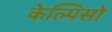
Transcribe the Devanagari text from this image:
केल्पिसो